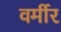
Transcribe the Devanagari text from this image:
वर्मीर